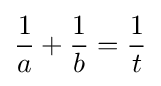
{\frac {1}{a}}+{\frac {1}{b}}={\frac {1}{t}}